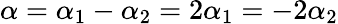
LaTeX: \alpha=\alpha_{1}-\alpha_{2}=2\alpha_{1}=-2\alpha_{2}